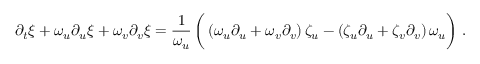
\partial _ { t } \xi + \omega _ { u } \partial _ { u } \xi + \omega _ { v } \partial _ { v } \xi = \frac { 1 } { \omega _ { u } } \left( \vphantom { \frac { 1 } { \omega _ { u } } } \left( \omega _ { u } \partial _ { u } + \omega _ { v } \partial _ { v } \right) \zeta _ { u } - \left( \zeta _ { u } \partial _ { u } + \zeta _ { v } \partial _ { v } \right) \omega _ { u } \right) \, .